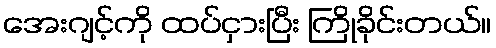
အေးဂျင့်ကို ထပ်ငှားပြီး ကြိုခိုင်းတယ်။